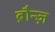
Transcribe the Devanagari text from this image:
ब्रौन्ज़